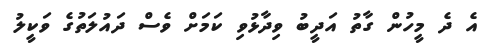
އެ ދެ މީހުން ގާތު އަދީބު ވިދާޅުވި ކަމަށް ވެސް ދައުލަތުގެ ވަކީލު